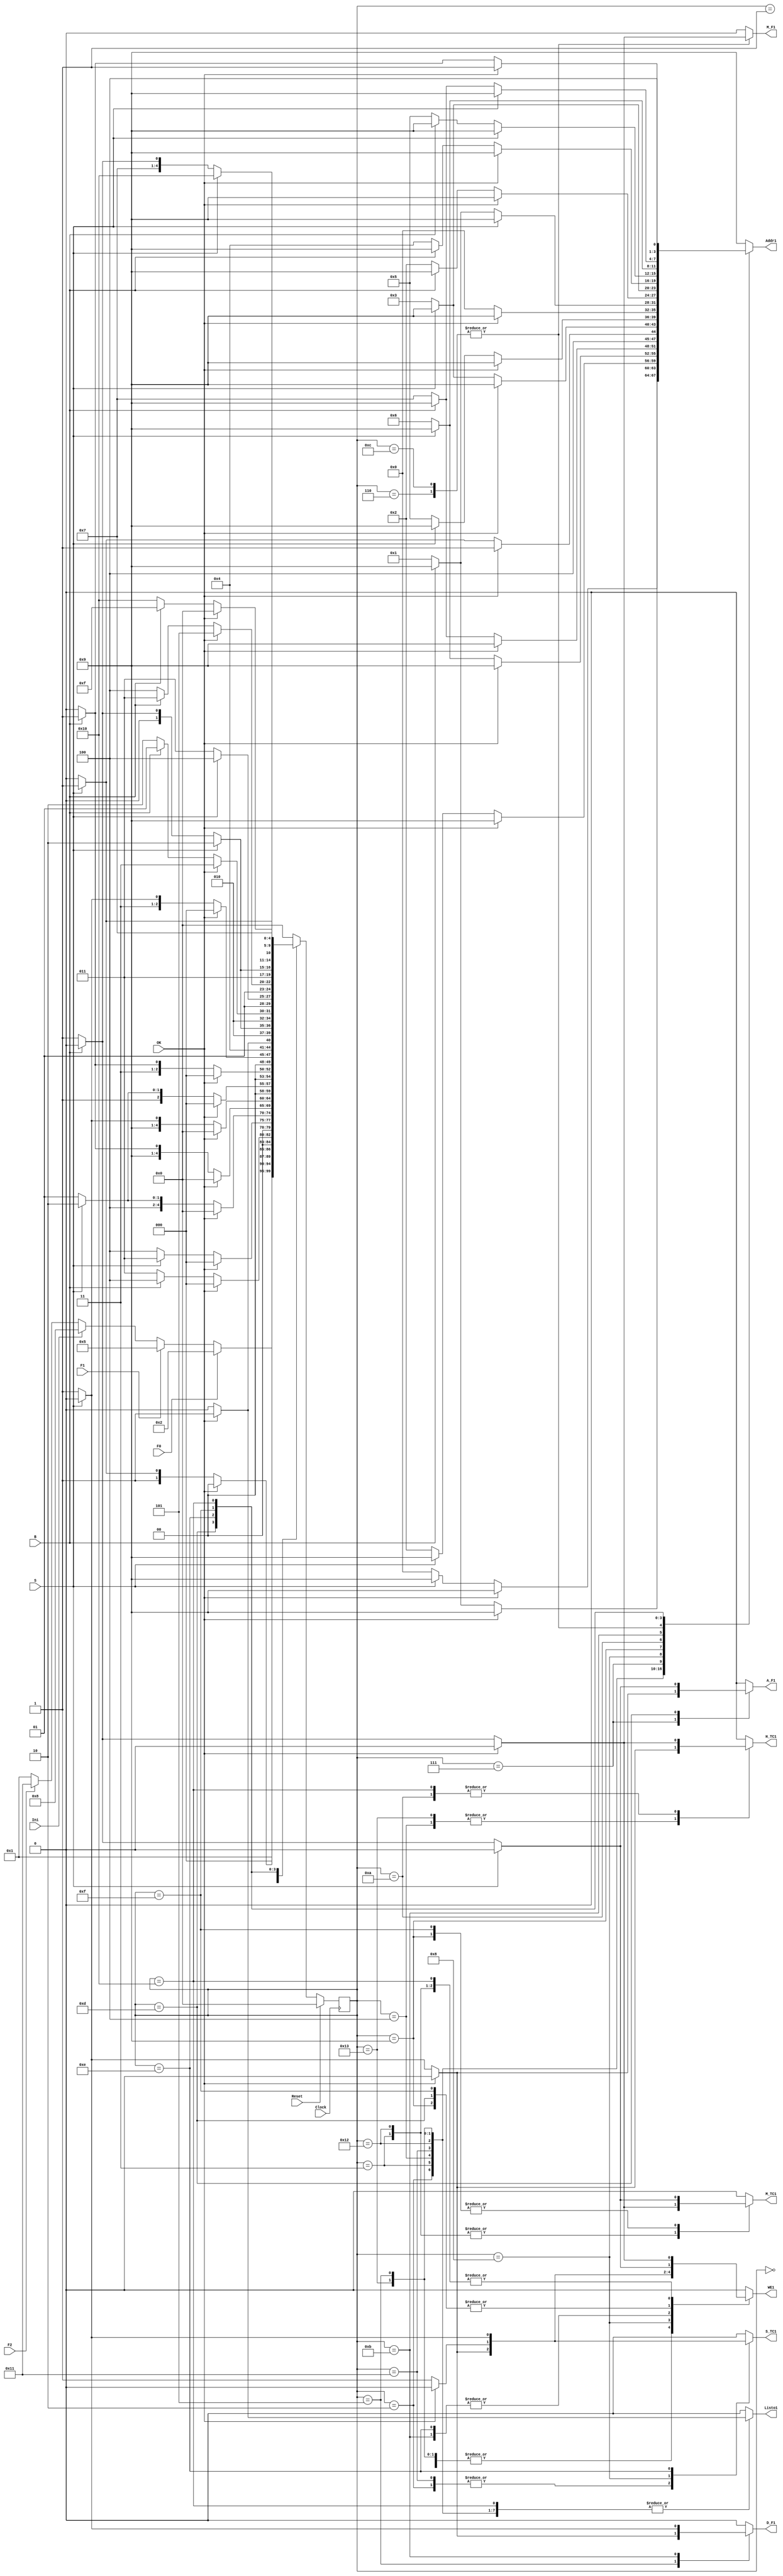
`timescale 1ns / 1ps
//////////////////////////////////////////////////////////////////////////////////
// Company: 
// Engineer: 
// 
// Design Name: 
// Module Name:    Control_Botones 
// Project Name: 
// Target Devices: 
// Tool versions: 
// Description: 
//
// Dependencies: 
//
// Revision: 
// Revision 0.01 - File Created
// Additional Comments: 
//
//////////////////////////////////////////////////////////////////////////////////
module Control_Botones(
	 input Clock, // seal de clock de entrada
    input Reset,
	 input Ini, //Seal de entrada para realizar la primera programacion del RTC del proceso de inicializacion
    input F0, // programar reloj
    input F1, // programar fecha
    input F2, // programar timer
	 input S,B, // seales de entrada de botones para subir y bajar
	 input OK, // me ayuda a saltar de estado
    output S_TC1, //habilita contador BCD de segundos
    output M_TC1, // habilita contador BCD de minutos
    output H_TC1, // habilita contador BCD de hora
    output D_F1, //habilita contador BCD de dias
    output M_F1, // habilita contador BCD de meses 
    output A_F1, // habilita contador BCD de ao
	 output Listo1, // indica cuando el proceso ha finalizado
	 output [3:0] Addr1, // salida para direccionar banco de registros
	 output WE1 // permite escribir en el banco de registros
    );
	 
localparam [4:0] a = 5'd0,
                      b = 5'd1,
                      c = 5'd2,
                      d = 5'd3,
                      e = 5'd4,
                      f = 5'd5,
                      g = 5'd6,
							 h = 5'd7,
							 i = 5'd8,
							 j = 5'd9,
							 k = 5'd10,
							 l = 5'd11,
							 m = 5'd12,
							 n = 5'd13,
							 o = 5'd14,
							 p = 5'd15,
							 q = 5'd16,
							 r = 5'd17,
							 s = 5'd18,
							 t = 5'd19;
                      
reg [4:0] state_reg, state_next;
reg S_TC,M_TC,H_TC,D_F,M_F,A_F,Listo,WE;
reg [3:0] Addr;
always @(posedge Clock) 

    if (Reset)
        state_reg <= a;
    else 
        state_reg <= state_next;
//lgica de estado siguiente
always @*
begin
    state_next=state_reg;
    S_TC = 1'b0;
    M_TC = 1'b0;
    H_TC = 1'b0;
    D_F = 1'b0;
    M_F = 1'b0;
    A_F = 1'b0;
	 Listo = 1'b0;
	 WE = 1'b0;
	 Addr = 4'h9;
    
    case (state_reg)
        a: begin
            if (~Reset) 
                state_next = b; 
                 
            else 
                state_next = a; 
                
            end
        b: begin
            if (F0) // programar hora
                state_next = c;
				else if (F1) // programar fecha
					 state_next = f;
            else if (Ini) //generar programacin inicial del rtc
                state_next = i;
				else if (F2)//programar cronometro
					 state_next = r;
				else 
					state_next = b;
            end
        c: begin
            if (OK) begin
                state_next = a; Listo = 1'b1; end
                
            else if (S) state_next = d;
            else begin 
                state_next = c;S_TC = 1'b1; WE = 1'b1; Addr = 4'd0; end 
            end
            
        d: begin
            if (OK) begin
                state_next = a; Listo = 1'b1 ; end
           // else if (S) state_next = e;
				else if (B) state_next = e;
                
            else begin
                state_next = d;M_TC = 1'b1; WE = 1'b1; Addr = 4'd1;end
               
            end    
        e: begin
            if (OK) begin
                state_next = a; Listo = 1'b1; end
				else if (S) state_next = d;	 
            else begin
                state_next = e;  H_TC = 1'b1; WE = 1'b1; Addr = 4'd2; end
            end
        r: begin
            if (OK) begin
                state_next = a; Listo = 1'b1; end
                
            else if (S) state_next = s;
            else begin 
                state_next = r;S_TC = 1'b1; WE = 1'b1; Addr = 4'd6; end 
            end
            
        s: begin
            if (OK) begin
                state_next = a; Listo = 1'b1;end
           // else if (S) state_next = t;
				else if (B) state_next = t;
                
            else begin
                state_next = s;M_TC = 1'b1; WE = 1'b1; Addr = 4'd7;end
               
            end    
        t: begin
            if (OK) begin
                state_next = a; Listo = 1'b1; end
				else if (S) state_next = s;	 
            else begin
                state_next = t;  H_TC = 1'b1; WE = 1'b1; Addr = 4'd8; end
            end
        f: begin
            if (OK) begin
                state_next = a; Listo = 1'b1;end
				else if (S) state_next = g;
            else begin
                state_next = f;D_F = 1'b1; WE = 1'b1; Addr = 4'd3;end
            end
        g:begin
            if (OK) begin
                state_next = a; Listo = 1'b1; end
            //else if (S) state_next = h;
				else if (B) state_next = h;
            else begin
                state_next = g ; M_F = 1'b1; WE = 1'b1; Addr = 4'd4;end
            end
        h: begin
            if (OK) begin
                state_next = a; Listo = 1'b1; end
				else if (S) state_next = g;
            else begin
                state_next = h;  A_F = 1'b1; WE = 1'b1; Addr = 4'd5;end 
			  end 
		  i: begin  //inician los estados de inicializacin   
            if (OK) state_next = j; // aqui iba S
            else begin 
                state_next = i;S_TC = 1'b1; WE = 1'b1; Addr = 4'd0; end //aca se programan segundos
            end
            
        j: begin //minutos de la inicializacion
            if (S) state_next = k;
				else if (B) state_next = i;     
            else begin
                state_next = j;M_TC = 1'b1; WE = 1'b1; Addr = 4'd1;end //aca se programan minutos
            end    
        k: begin
            if (OK) //horas de la inicializacion
                state_next = l;
				else if (B) state_next = j;	 
            else begin
                state_next = k;  H_TC = 1'b1; WE = 1'b1; Addr = 4'd2; end
            end
		  l: begin    //dias de la inicializacion
            if (S) state_next = m;
            else begin 
                state_next = l;D_F = 1'b1; WE = 1'b1; Addr = 4'd3; end 
            end
            
        m: begin //meses de la inicializacion
            if (OK) state_next = n;
				else if (B) state_next = l;     
            else begin
                state_next = m;M_F = 1'b1; WE = 1'b1; Addr = 4'd4; end
            end    
        n: begin
            if (S) //aos de la inicializacion
                state_next = o;
				else if (B) state_next = m;	 
            else begin
                state_next = n;  A_F = 1'b1;  WE = 1'b1; Addr = 4'd5; end
            end
		  o: begin    // segundos del timer de inicializacion
            if (S) state_next = p;
            else begin 
                state_next = o;S_TC = 1'b1; WE = 1'b1; Addr = 4'd6; end 
            end
            
        p: begin // minutos de la del timer inicializacion
            if (S) state_next = q;
				else if (B) state_next = o;     
            else begin
                state_next = p;M_TC = 1'b1; WE = 1'b1; Addr = 4'd7;end
            end    
        q: begin // horas del timer de inicializacion
            if (OK) begin 
                state_next = a; Listo = 1'b1; end
				else if (B) state_next = p;	 
            else begin
                state_next = q;  H_TC = 1'b1; WE = 1'b1; Addr = 4'd8; end
            end
			
		  default : state_next = a;
    endcase
end
assign S_TC1=S_TC,M_TC1=M_TC,H_TC1=H_TC,D_F1=D_F,M_F1=M_F,A_F1=A_F,Listo1=Listo, Addr1 = Addr, WE1 = WE;
endmodule